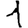
Digit: 1